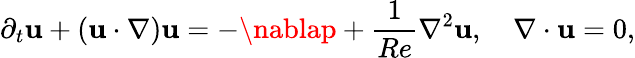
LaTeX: \partial_{t}\boldsymbol{\mathbf{u}}+(\boldsymbol{\mathbf{u}}\cdot\nabla)\boldsymbol{\mathbf{u}}=-\nablap+\frac{{1}}{{Re}}\nabla^{2}\boldsymbol{\mathbf{u}},\quad\nabla\cdot\boldsymbol{\mathbf{u}}=0,